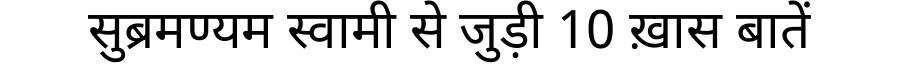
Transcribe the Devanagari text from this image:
सुब्रमण्यम स्वामी से जुड़ी 10 ख़ास बातें